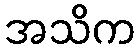
အသိက